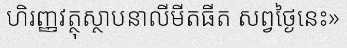
ហិរញ្ញវត្ថុស្ថាបនាលីមីតធីត សព្វថ្ងៃនេះ»